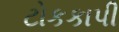
ટોકકાપી